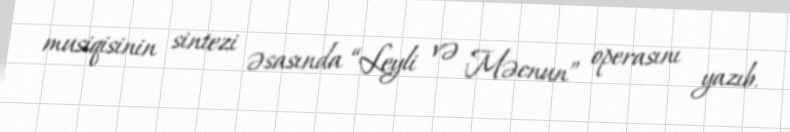
musiqisinin sintezi əsasında “Leyli və Məcnun” operasını yazıb.